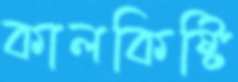
কালকিষ্টি